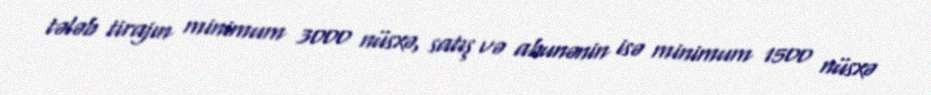
tələb tirajın minimum 3000 nüsxə, satış və abunənin isə minimum 1500 nüsxə